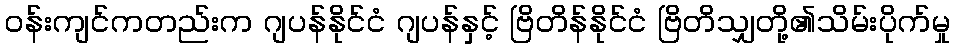
ဝန်းကျင်ကတည်းက ဂျပန်နိုင်ငံ ဂျပန်နှင့် ဗြိတိန်နိုင်ငံ ဗြိတိသျှတို့၏သိမ်းပိုက်မှု